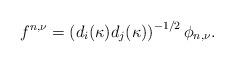
LaTeX: \begin{align*}f^{n, \nu } = \left ( d_i (\kappa ) d_j (\kappa ) \right )^{-1/2 }\phi_{n,\nu }.\end{align*}